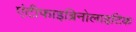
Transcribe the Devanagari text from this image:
एंटीफाइब्रिनोलाइटिक